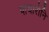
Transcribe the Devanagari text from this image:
पाचारोनि